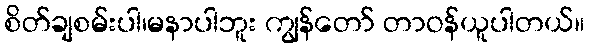
စိတ်ချစမ်းပါ၊မနာပါဘူး ကျွန်တော် တာဝန်ယူပါတယ်။